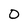
Character: O